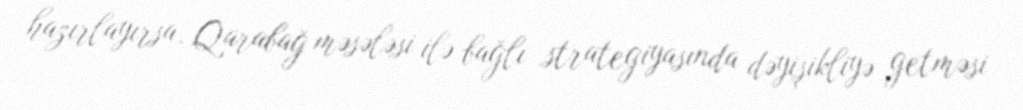
hazırlayırsa, Qarabağ məsələsi ilə bağlı strategiyasında dəyişikliyə getməsi